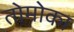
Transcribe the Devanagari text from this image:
तोमोका